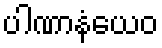
ပါဏာနံယေဝ